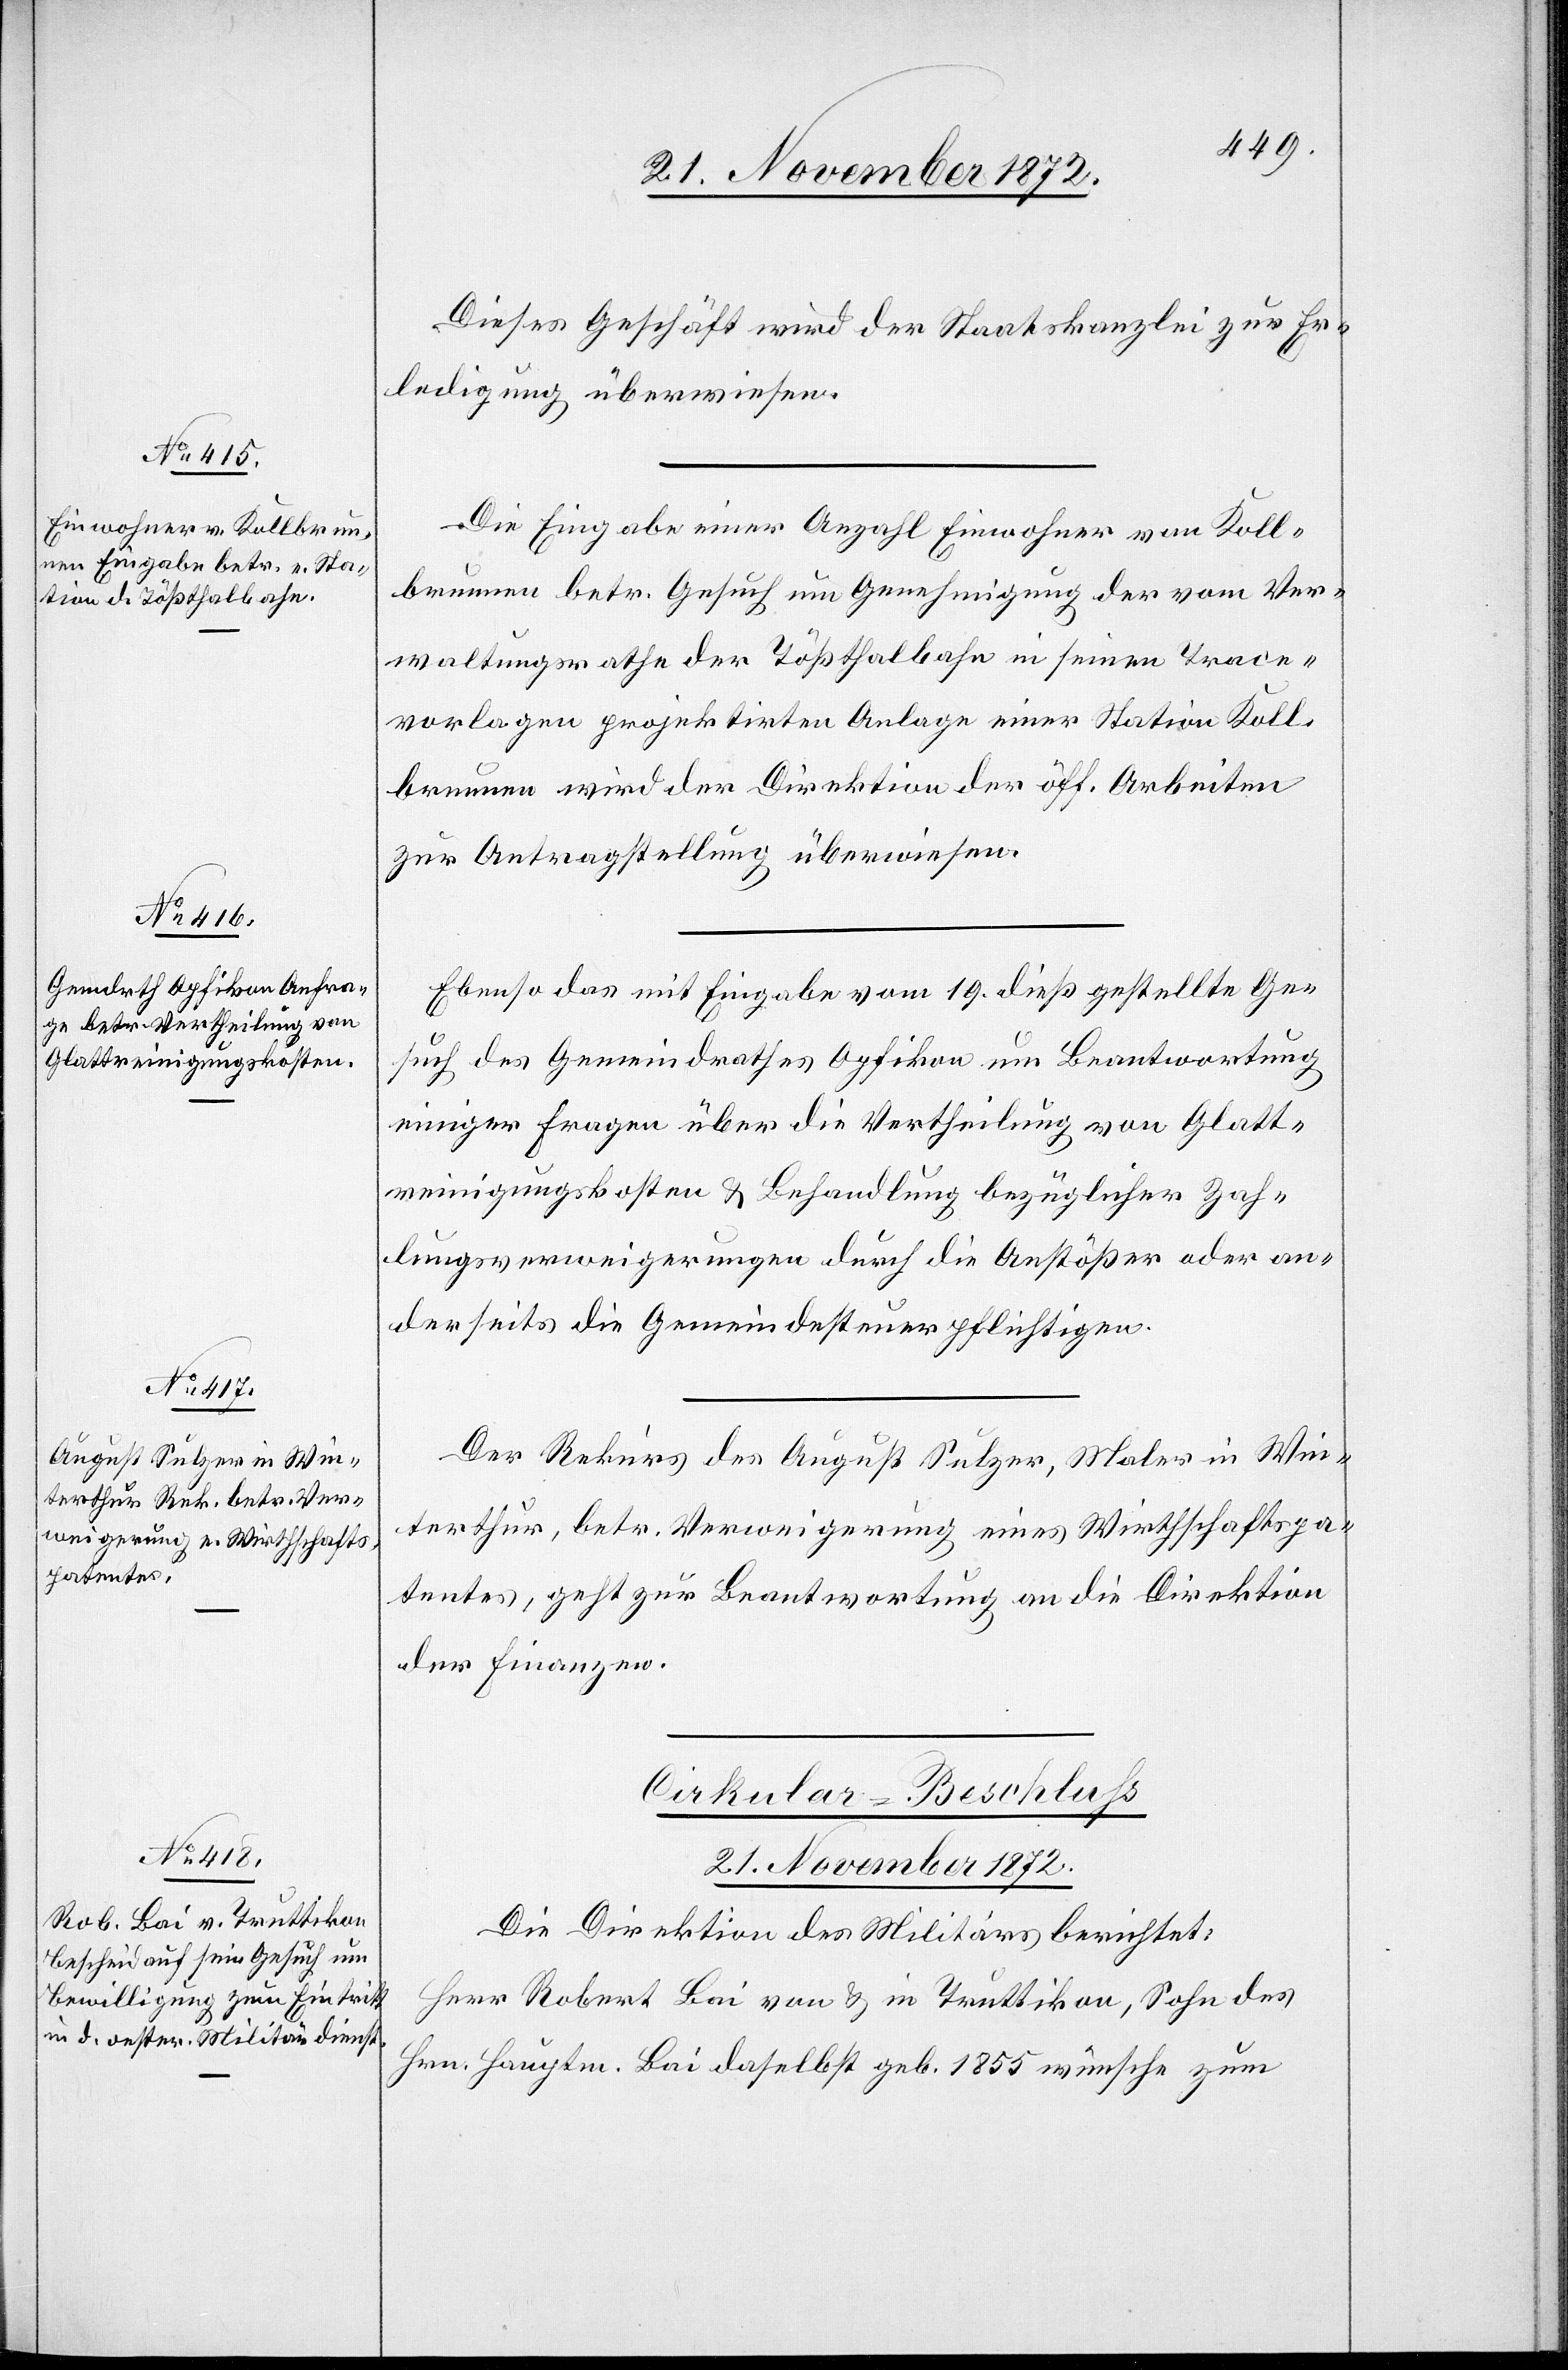
Dieses Geschäft wird der Staatskanzlei zur Er¬
ledigung überwiesen.
Die Eingabe einer Anzahl Einwohner von Koll¬
brunnen betr. Gesuch um Genehmigung der vom Ver¬
waltungsrathe der Tößthalbahn in seinen Trace¬
vorlagen projektirten Anlage einer Station Koll¬
brunnen wird der Direktion der öff. Arbeiten
zur Antragstellung überwiesen.
Ebenso das mit Eingabe vom 19. dieß gestellte Ge¬
such des Gemeindrathes Opfikon um Beantwortung
einiger Fragen über die Vertheilung von Glatt¬
reinigungskosten u. Behandlung bezüglicher Zah¬
lungsverweigerungen durch die Anstößer oder an¬
derseits die Gemeindesteuerpflichtigen.
Der Rekurs des August Sulzer, Maler in Win¬
terthur, betr. Verweigerung eines Wirthschaftspa¬
tentes, geht zur Beantwortung an die Direktion
der Finanzen.
Cirkular-Beschluss
21. November 1872.
Die Direktion des Militärs berichtet:
Herr Robert Bai von u. in Truttikon, Sohn des
Hrn. Hauptm. Bai daselbst geb. 1855 wünsche zum